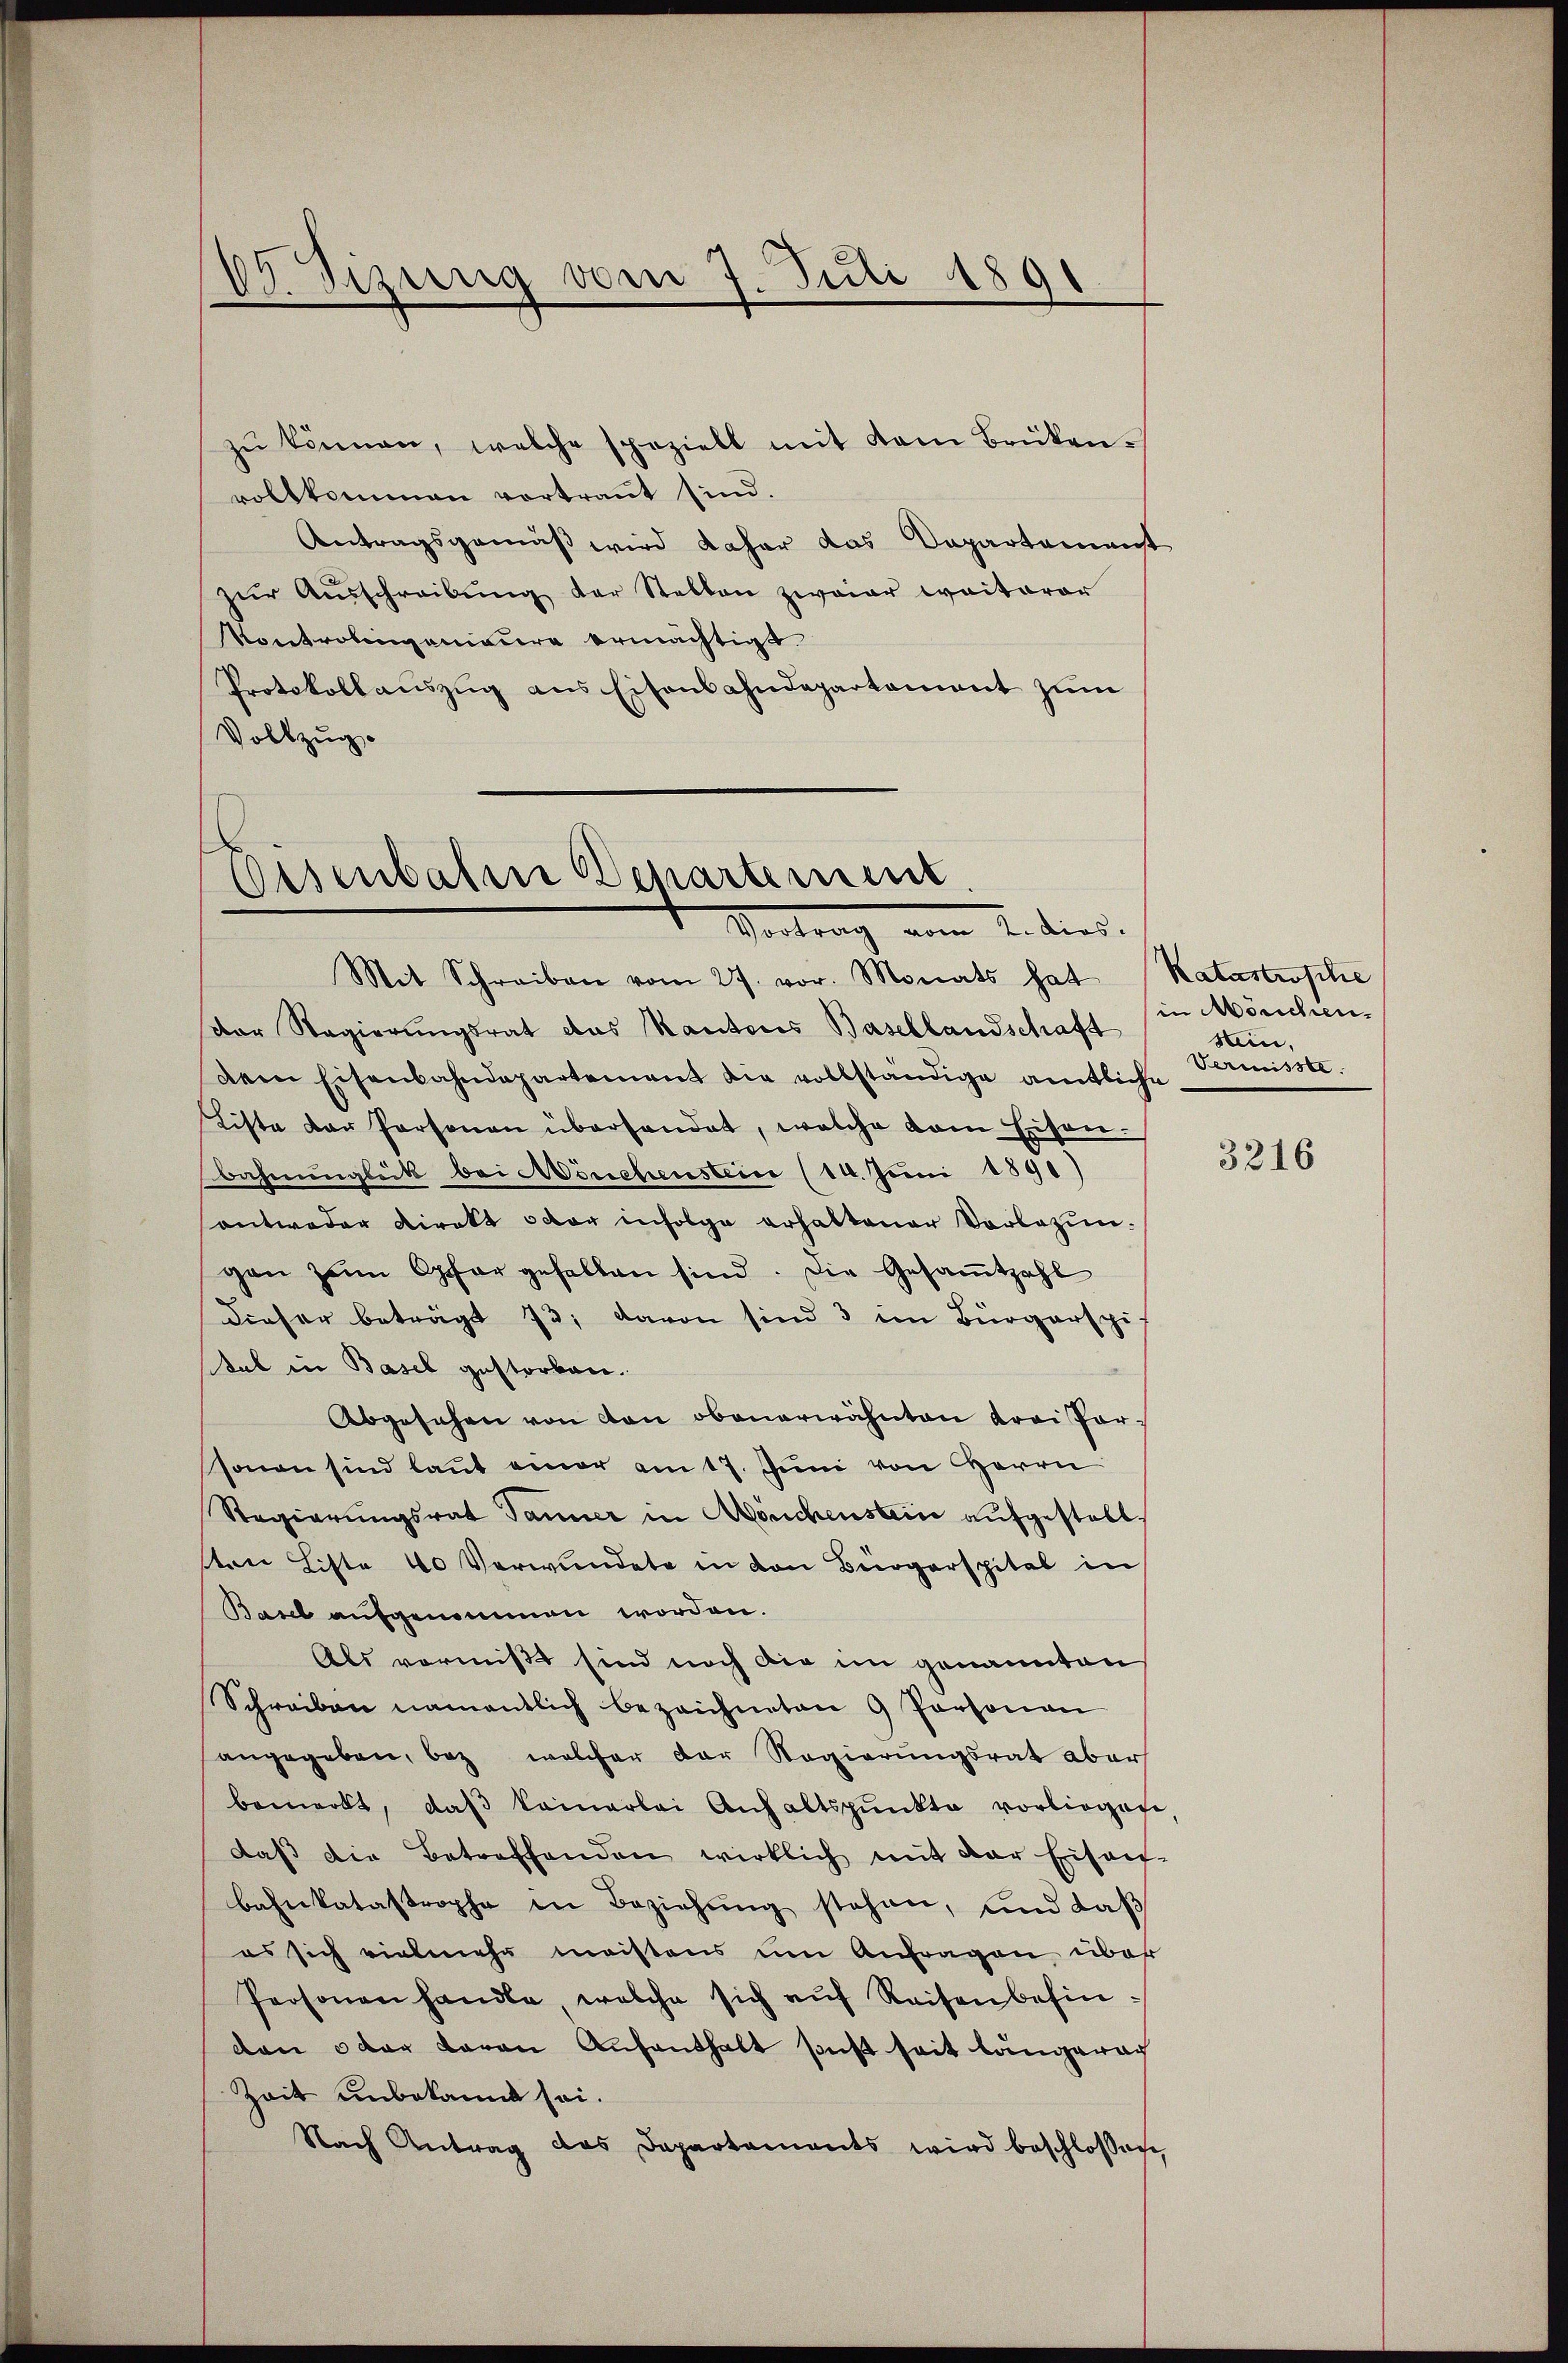
zŭ können, welche speziell mit dem Brükenroltkommen vortraut sind.
Antragsgemäß wird daher das Departemenst
zŭr Aŭsschreibung der Stellen zweier weiterer
Kontrolingenieure ermächtigt.
Protokollauszug aus Eisenbahndepartament zum
Vollzug.

19. Sizung vom 7. Juli 1891
.

Eisenbahre Behartement
Vortrag vom 1. dies

Mit Schreiben vom 27. vor. Monats hat Katastrophe
dor Regierungsrat das Kantons Basellandschaft
dem Eisenbahndepartement die vollständige amtliche
Liste der Personen überhandet, welche dem Eisen.
Wahnunglück bei Mönchenstein (14. Juni 1890)
antweder Direkt oder infolge erhaltener Vorlegungen zum Opfer gefallen sind. Die Gesamtzahl
dieser beträgt 13, davon sind 3 im Bürgerspi
tab in Basel gestorben.
Abgesehen von von obenerwähnten Krai Parsonen sind laut einer am 17. Juni von HHerrn
Regierŭngsrat Jänner in Mönchenstein aŭfgestell
ton Liste 40 Verwundete in den Bürgerspital in
Basel aufgenommen worden.
Als vermißt sind noch die im genannten
Schreiben namentlich bezeichneten 9 Personen
angegeben, bez, welcher der Regierungsrat aber
bemerkt, daß keinerlei Anhaltspunkte vorliegen
daβ die Betreffenden wirklich mit der Eisen-
bahnkatastrophe in Beziehŭng stehen, und daß
es sich vielmehr meistens um Anfragen über
Personen handle, welche sich auf Reisen befinden oder daran Aufenthalt sonst seit längera
Zeit unbekannt sei.
Nach Antrag das Departements wird beschlossen,

in Mörichen.
stein,
Vermisste.

3216